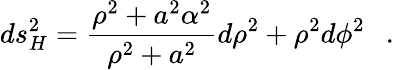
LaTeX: ds_{H}^{2}={\frac{\rho^{2}+a^{2}\alpha^{2}}{\rho^{2}+a^{2}}}d\rho^{2}+\rho^{2}d\phi^{2}~~~.